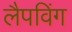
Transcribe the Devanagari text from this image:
लैपविंग